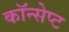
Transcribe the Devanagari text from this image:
कॉन्‍सेप्‍ट